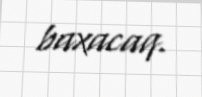
baxacaq.